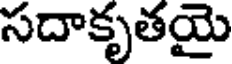
సదాకృతయై